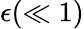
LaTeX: \epsilon(\ll 1)